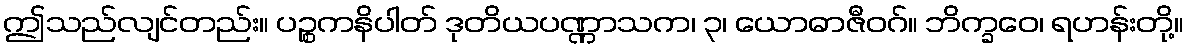
ဤသည်လျင်တည်း။ ပဉ္စကနိပါတ် ဒုတိယပဏ္ဏာသက၊ ၃၊ ယောဓာဇီဝဂ်။ ဘိက္ခဝေ၊ ရဟန်းတို့။